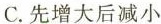
C.先增大后减小